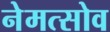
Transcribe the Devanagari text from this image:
नेमत्सोव